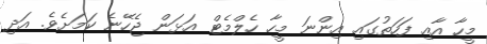
މީހާ އާއި ފަހަތުގައި އިންނަ މީހާ ހެލްމެޓް އަޅަން ޖެހޭނެ ކަމަށެވެ. އަދި